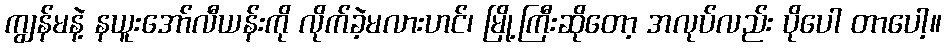
ကျွန်မနဲ့ နယူးအော်လီယန်းကို လိုက်ခဲ့မလားဟင်၊ မြို့ကြီးဆိုတော့ အလုပ်လည်း ပိုပေါ တာပေါ့။